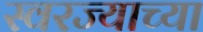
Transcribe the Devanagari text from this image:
स्वरज्याच्या